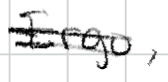
Text: Ergo,
Cross-out: double-line
Writing tool: digital_black